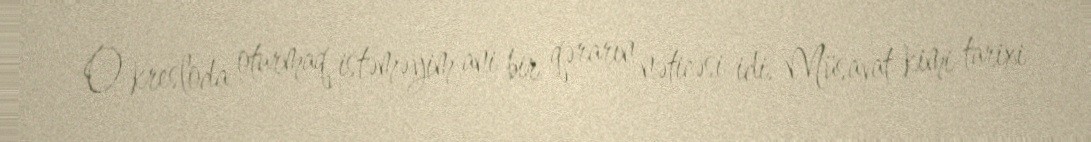
O kresloda oturmaq istəməyim ani bir qərarın nəticəsi idi. Müsavat kimi tarixi